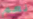
نعم